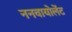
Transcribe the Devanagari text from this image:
ननवायोलेंट